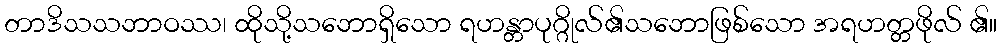
တာဒိသသဘာဝဿ၊ ထိုသို့သဘောရှိသော ရဟန္တာပုဂ္ဂိုလ်၏သဘောဖြစ်သော အရဟတ္တဖိုလ် ၏။